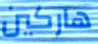
هاركين